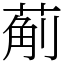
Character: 葪